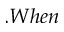
. W h e n